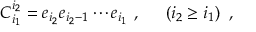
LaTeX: C _ { i _ { 1 } } ^ { i _ { 2 } } = e _ { i _ { 2 } } e _ { i _ { 2 } - 1 } \cdots e _ { i _ { 1 } } ~ , ~ ~ ~ ~ \left( i _ { 2 } \geq i _ { 1 } \right) ~ ,